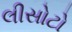
લીસોટો